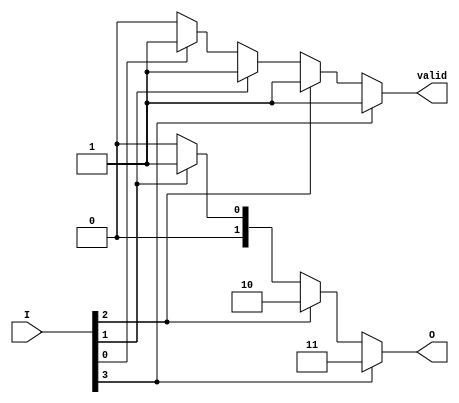
module OneOfN_Encoder(
    input wire [N-1 : 0] I,   // N input lines
    output reg [log2N-1 : 0] O, // log2(N) output lines
    output reg valid           // Output valid flag
);
    parameter N = 4;          // Number of input lines (set to 4 for this example)
    parameter log2N = 2;      // log2(N) - calculate for the output width

    integer i; // Iterator variable

    always @(*) begin
        O = {log2N{1'b0}};   // Default output is all zeros
        valid = 1'b0;        // Default valid flag is set to '0'

        for (i = 0; i < N; i = i + 1) begin
            if (I[i]) begin
                O = i[log2N-1:0]; // Set the output to the index of active input
                valid = 1'b1;      // Set valid flag
            end
        end
        
        // Check if more than one input is high (optional handling can be added here)
        // An additional state can be implemented to handle multiple active inputs
    end
endmodule